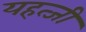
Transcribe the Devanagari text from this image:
यहत्जी